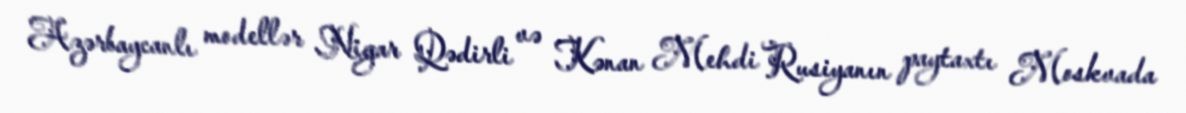
Azərbaycanlı modellər Nigar Qədirli və Kənan Mehdi Rusiyanın paytaxtı Moskvada